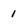
Character: 1